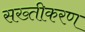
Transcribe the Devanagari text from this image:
सख्तीकरण